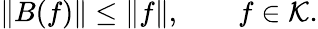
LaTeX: \| B(f)\| \le\| f\| ,\qquad f\in{\cal K}.